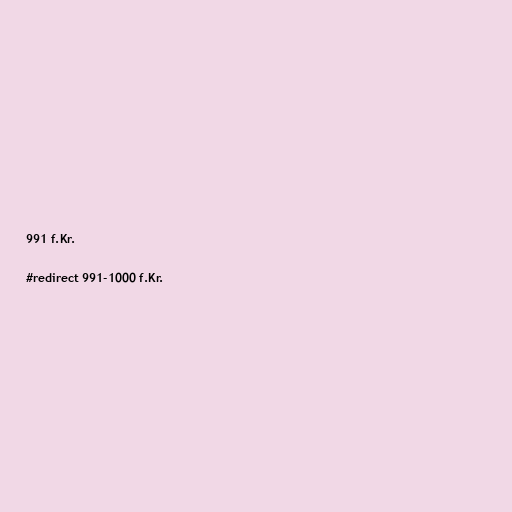
991 f.Kr.

#redirect 991-1000 f.Kr.